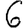
Digit: 6